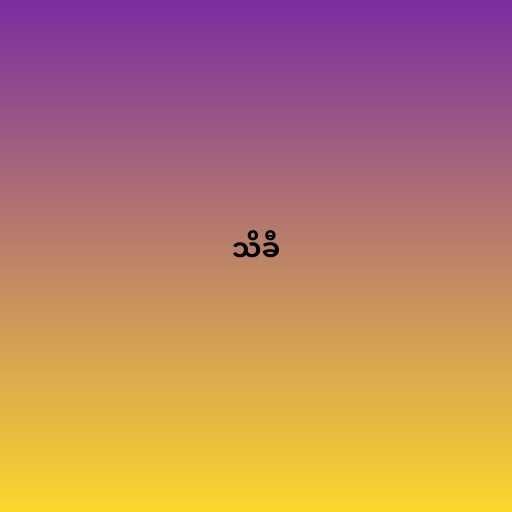
သိခီ